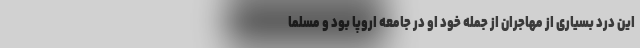
این درد بسیاری از مهاجران از جمله خود او در جامعه اروپا بود و مسلما